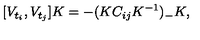
[ V _ { t _ { i } } , V _ { t _ { j } } ] K = - ( K C _ { i j } K ^ { - 1 } ) _ { - } K ,